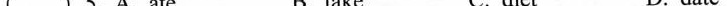
（）5 A.ate B.take C.diet D.date